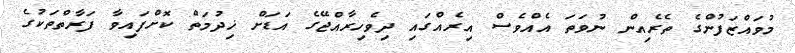
މުވައްޒަފުންގެ ތެރެއިން ނުވަތަ އެއްވެސް އިރެއްގައި ދިވެހިރާއްޖޭގެ އަޑަށް ޚިދުމަތް ކޮށްފައިވާ ފަރާތްތަކުގެ